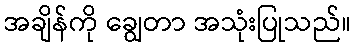
အချိန်ကို ချွေတာ အသုံးပြုသည်။